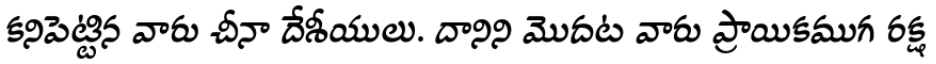
కనిపెట్టిన వారు చీనా దేశీయులు. దానిని మొదట వారు ప్రాయికముగ రక్ష